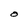
Character: O